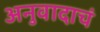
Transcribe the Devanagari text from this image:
अनुवादाचं